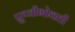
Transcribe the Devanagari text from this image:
प्रुथ्वीभोवती